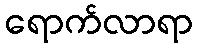
ရောက်လာရာ